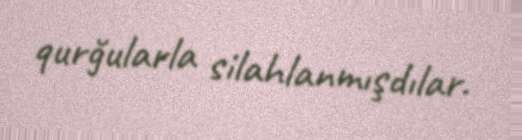
qurğularla silahlanmışdılar.